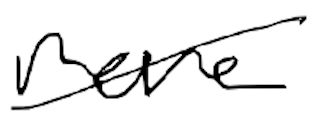
Text: more
Cross-out: diagonal
Writing tool: digital_black